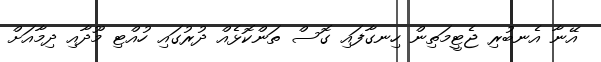
އޭނާ އެނބުރި ޖެޓީމަތިން ހިނގާފައި ގޮސް ތަންކޮޅެއް ދުރުގައި ހުއްޓި މޫދާއި ދިމާއަށް